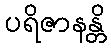
ပရိဇာနန္တိ